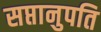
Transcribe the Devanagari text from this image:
सप्तानुपति